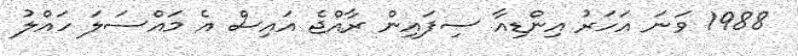
1988 ވަނަ އަހަރު އިންޑިއާ ސިފައިން ރާއްޖެ އައިސް އެ މައްސަލަ ހައްލު